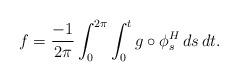
LaTeX: \begin{align*}f = \frac{-1}{2\pi} \int_0^{2\pi} \int_0^t g \circ \phi_s^H \, ds \, dt.\end{align*}